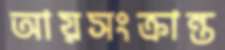
আয়সংক্রান্ত